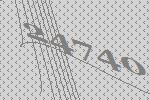
24740